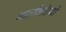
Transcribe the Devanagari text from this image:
गातविधियों